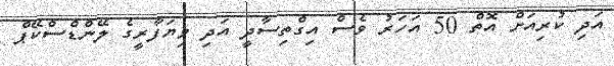
އަދި ކުރިއަށް އޮތް 50 އަހަރު ވެސް އިގްތިސާދީ އަދި ވިޔަފާރީގެ ލޭންޑްސްކޭޕް